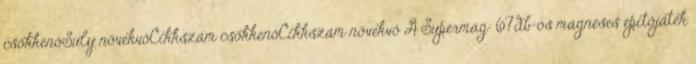
csökkenőSúly növekvőCikkszám csökkenőCikkszám növekvő A Supermag: 67db-os mágneses építőjáték